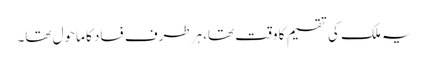
یہ ملک کی تقسیم کا وقت تھا، ہرطرف فساد کا ماحول تھا۔